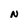
Character: N